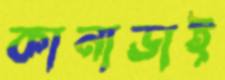
কানাডাই